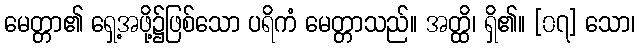
မေတ္တာ၏ ရှေ့အဖို့၌ဖြစ်သော ပရိကံ မေတ္တာသည်။ အတ္ထိ၊ ရှိ၏။ [၀၇] သော၊